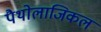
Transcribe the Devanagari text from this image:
पैथोलाजिकल